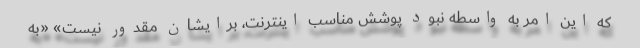
که این امر به واسطه نبود پوشش مناسب اینترنت، برایشان مقدور نیست» «به